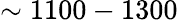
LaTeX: \sim 1100-1300